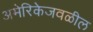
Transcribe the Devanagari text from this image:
अमेरिकेजवळील